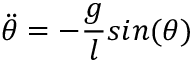
\ddot { \theta } = - \frac { g } { l } s i n ( \theta )